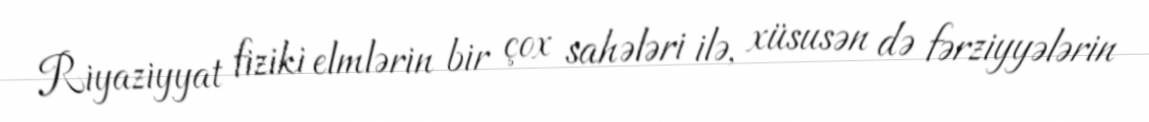
Riyaziyyat fiziki elmlərin bir çox sahələri ilə, xüsusən də fərziyyələrin